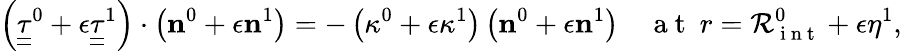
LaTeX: \left(\underline{{\underline{{{\tau}}}}}^{0}+\epsilon\underline{{\underline{{{\tau}}}}}^{1}\right)\cdot\left({\mathbf n}^{0}+\epsilon{\mathbf n}^{1}\right)=-\left(\kappa^{0}+\epsilon\kappa^{1}\right)\left({\mathbf n}^{0}+\epsilon{\mathbf n}^{1}\right)\quad\mathrm{~a~t~}\ r=\mathcal{R}_{\mathrm{~i~n~t~}}^{0}+\epsilon\eta^{1},